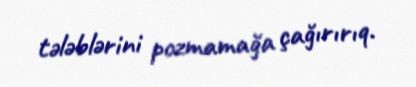
tələblərini pozmamağa çağırırıq.